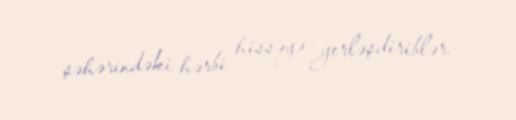
şəhərindəki hərbi hissəyə yerləşdiriblər.